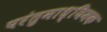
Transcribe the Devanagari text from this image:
परंतुमाध्यिमक